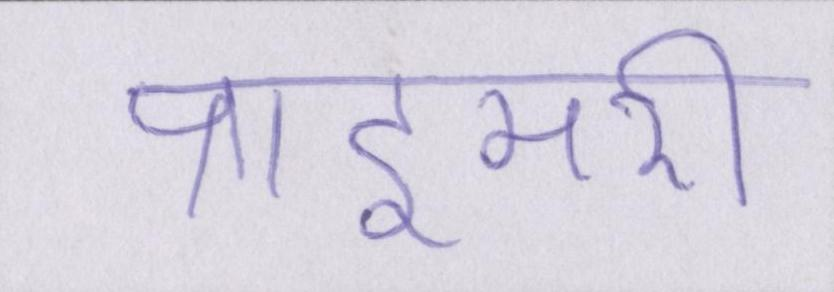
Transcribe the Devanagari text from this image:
प्राइमरी